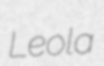
Leola